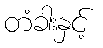
တံခါးနှင့်